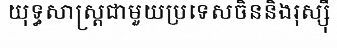
យុទ្ធសាស្ត្រជាមួយប្រទេសចិននិងរុស្ស៊ី